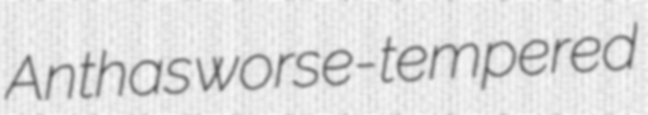
Anthas worse-tempered